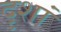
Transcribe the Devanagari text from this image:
दृशां